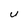
Character: U